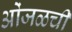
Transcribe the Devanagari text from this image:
ओंजळची